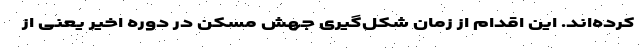
کرده‌اند. این اقدام از زمان شکل‌‌گیری جهش مسکن در دوره اخیر یعنی از